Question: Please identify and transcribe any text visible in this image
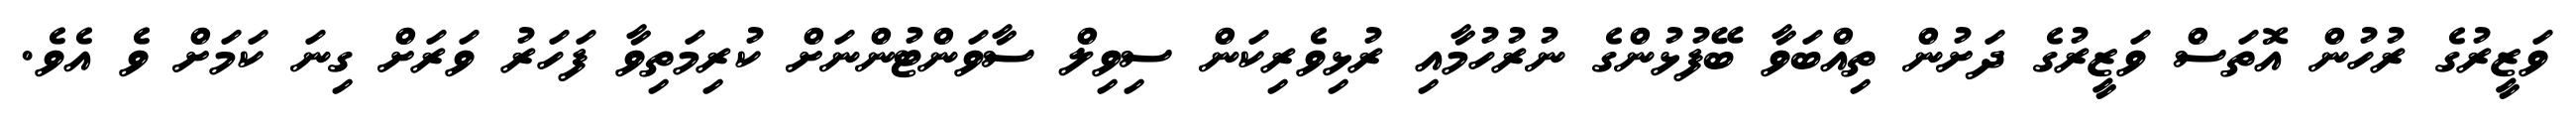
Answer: ވަޒީރުގެ ރުހުން އޮތަސް ވަޒީރުގެ ދަށުން ތިއްބަވާ ބޭފުޅުންގެ ނުރުހުމާއި ރުޅިވެރިކަން ސިވިލް ސާވަންޓުންނަށް ކުރިމަތިވާ ފަހަރު ވަރަށް ގިނަ ކަމަށް ވެ އެވެ.